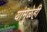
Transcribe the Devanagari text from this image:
यांमुळेही